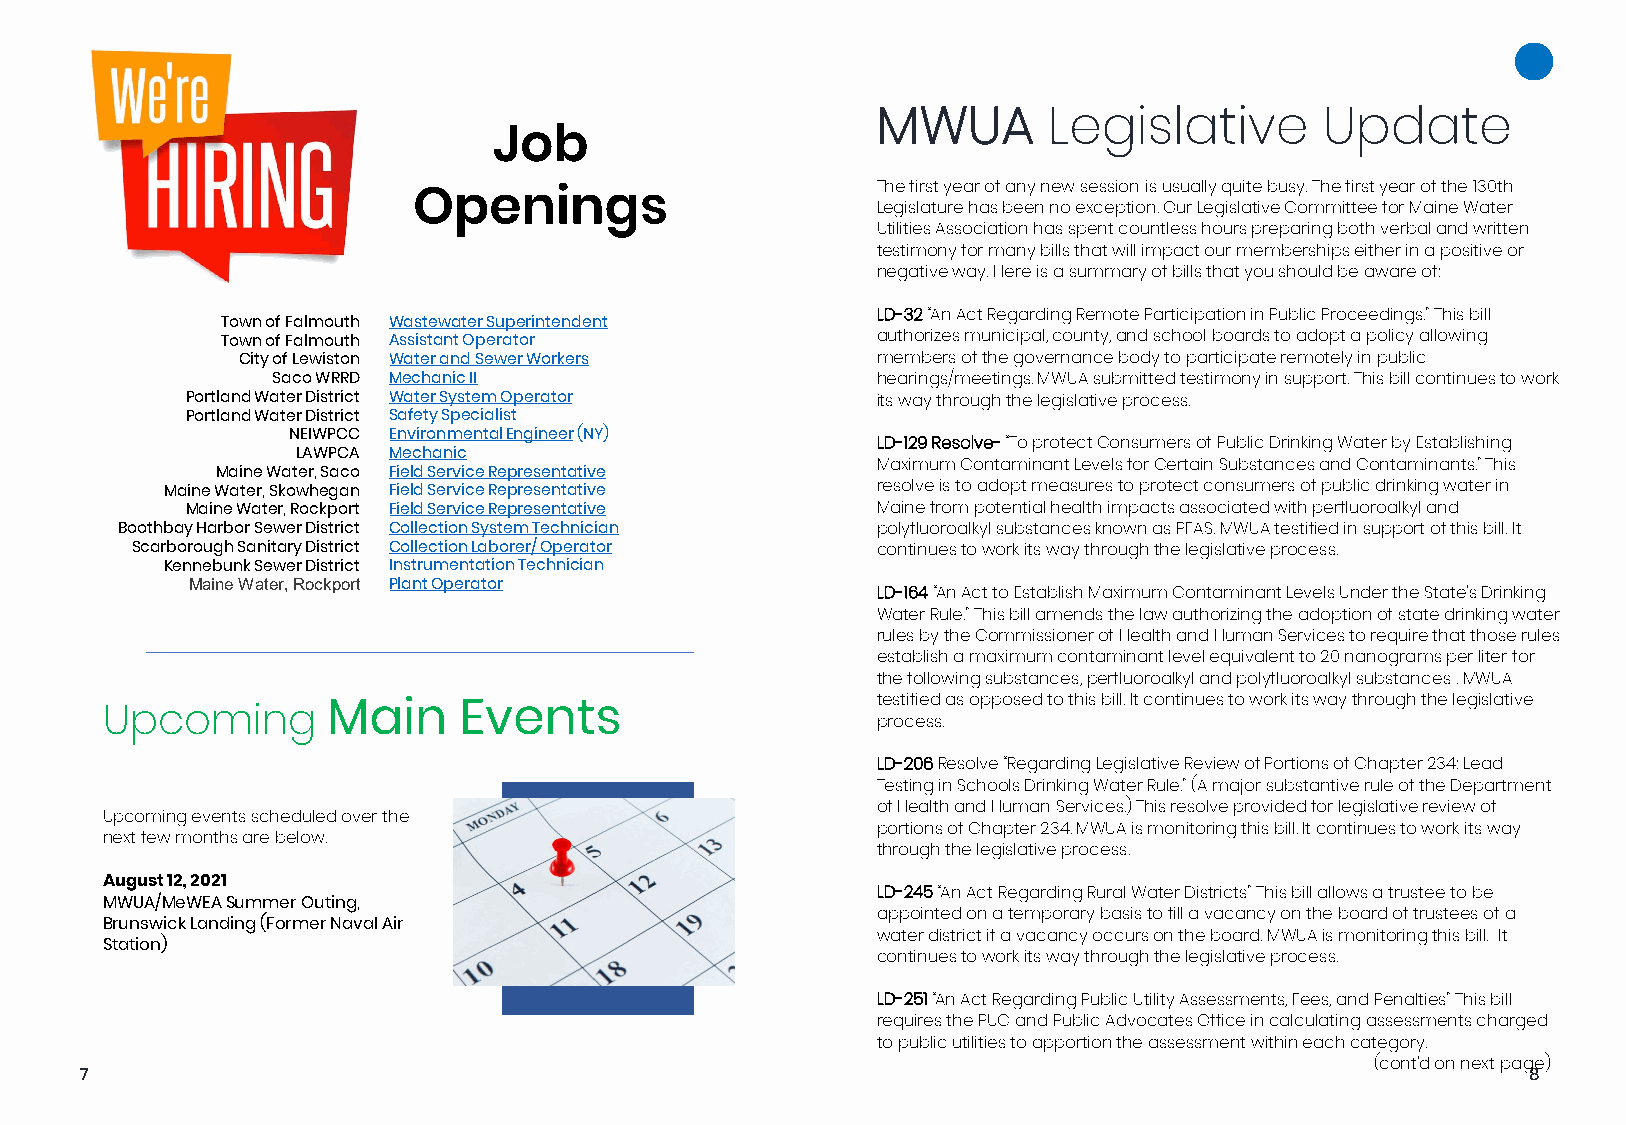
MWUA       Legislative        Update
 Job
 The first year of any new session is usually quite busy. The first year of the 130th
 Openings                       Legislature has been no exception. Our Legislative Committee for Maine Water
 Utilities Association has spent countless hours preparing both verbal and written
 testimony for many bills that will impact our memberships either in a positive or
 negative way. Here is a summary of bills that you should be aware of:
 LD-32“An Act Regarding Remote Participation in Public Proceedings.” This bill
 Town of Falmouth Wastewater Superintendent
 Town of Falmouth Assistant Operator        authorizes municipal, county, and school boards to adopt a policy allowing
 City of Lewiston Water and Sewer Workers  members of the governance body to participate remotely in public
 Saco WRRD Mechanic II                   hearings/meetings. MWUA submitted testimony in support. This bill continues to work
 Portland Water District Water System Operator its way through the legislative process.
 Portland Water District Safety Specialist
 NEIWPCC EnvironmentalEngineer(NY)
 LD-129 Resolve-“To protect Consumers of Public Drinking Water by Establishing
 LAWPCA Mechanic
 Maximum Contaminant Levels for Certain Substances and Contaminants.” This
 Maine Water, Saco Field Service Representative
 Maine Water, Skowhegan Field Service Representative resolve is to adopt measures to protect consumers of public drinking water in
 Maine Water, Rockport Field Service Representative Maine from potential health impacts associated with perfluoroalkyl and
 Boothbay Harbor Sewer District Collection System Technician polyfluoroalkyl substances known as PFAS. MWUA testified in support of this bill. It
 Scarborough Sanitary District Collection Laborer/ Operator continues to work its way through the legislative process.
 Kennebunk Sewer District Instrumentation Technician
 Maine Water, Rockport Plant Operator
 LD-164“An Act to Establish Maximum Contaminant Levels Under the State’s Drinking
 Water Rule.” This bill amends the law authorizing the adoption of state drinking water
 rules by the Commissioner of Health and Human Services to require that those rules
 establish a maximum contaminant level equivalent to 20 nanograms per liter for
 the following substances, perfluoroalkyl and polyfluoroalkyl substances . MWUA
 testified as opposed to this bill. It continues to work its way through the legislative
 Upcoming       Main    Events                      process.
 LD-206Resolve “Regarding Legislative Review of Portions of Chapter 234: Lead
 Testing in Schools Drinking Water Rule.” (A major substantive rule of the Department
 of Health and Human Services.) This resolve provided for legislative review of
 Upcoming events scheduled over the
 portions of Chapter 234. MWUA is monitoring this bill. It continues to work its way
 next few months are below.
 through the legislative process.
 August 12, 2021
 LD-245“An Act Regarding Rural Water Districts” This bill allows a trustee to be
 MWUA/MeWEASummer Outing,
 appointed on a temporary basis to fill a vacancy on the board of trustees of a
 Brunswick Landing (Former Naval Air
 water district if a vacancy occurs on the board. MWUA is monitoring this bill. It
 Station)
 continues to work its way through the legislative process.
 LD-251 “An Act Regarding Public Utility Assessments, Fees, and Penalties” This bill
 requires the PUC and Public Advocates Office in calculating assessments charged
 to publicN euwtili tsioefst wtoa arep pwoilrl taiollno wth efo ar ssessment within each category.
 Greater control & accessibility (cont’d on next page)
 7                                                                                               8